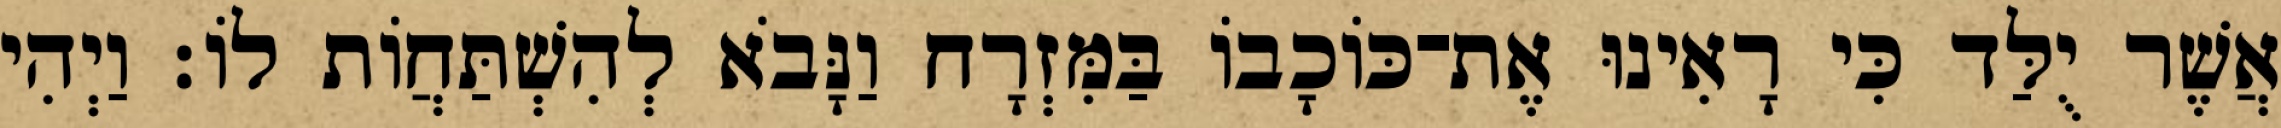
אֲשֶׁר יֻלַּד כִּי רָאִינוּ אֶת־כּוֹכָבוֹ בַּמִּזְרָח וַנָּבֹא לְהִשְׁתַּחֲוֹת לוֹ׃ וַיְהִי